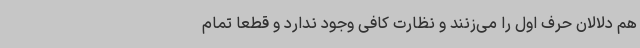
هم دلالان حرف اول را می‌زنند و نظارت کافی وجود ندارد و قطعا تمام